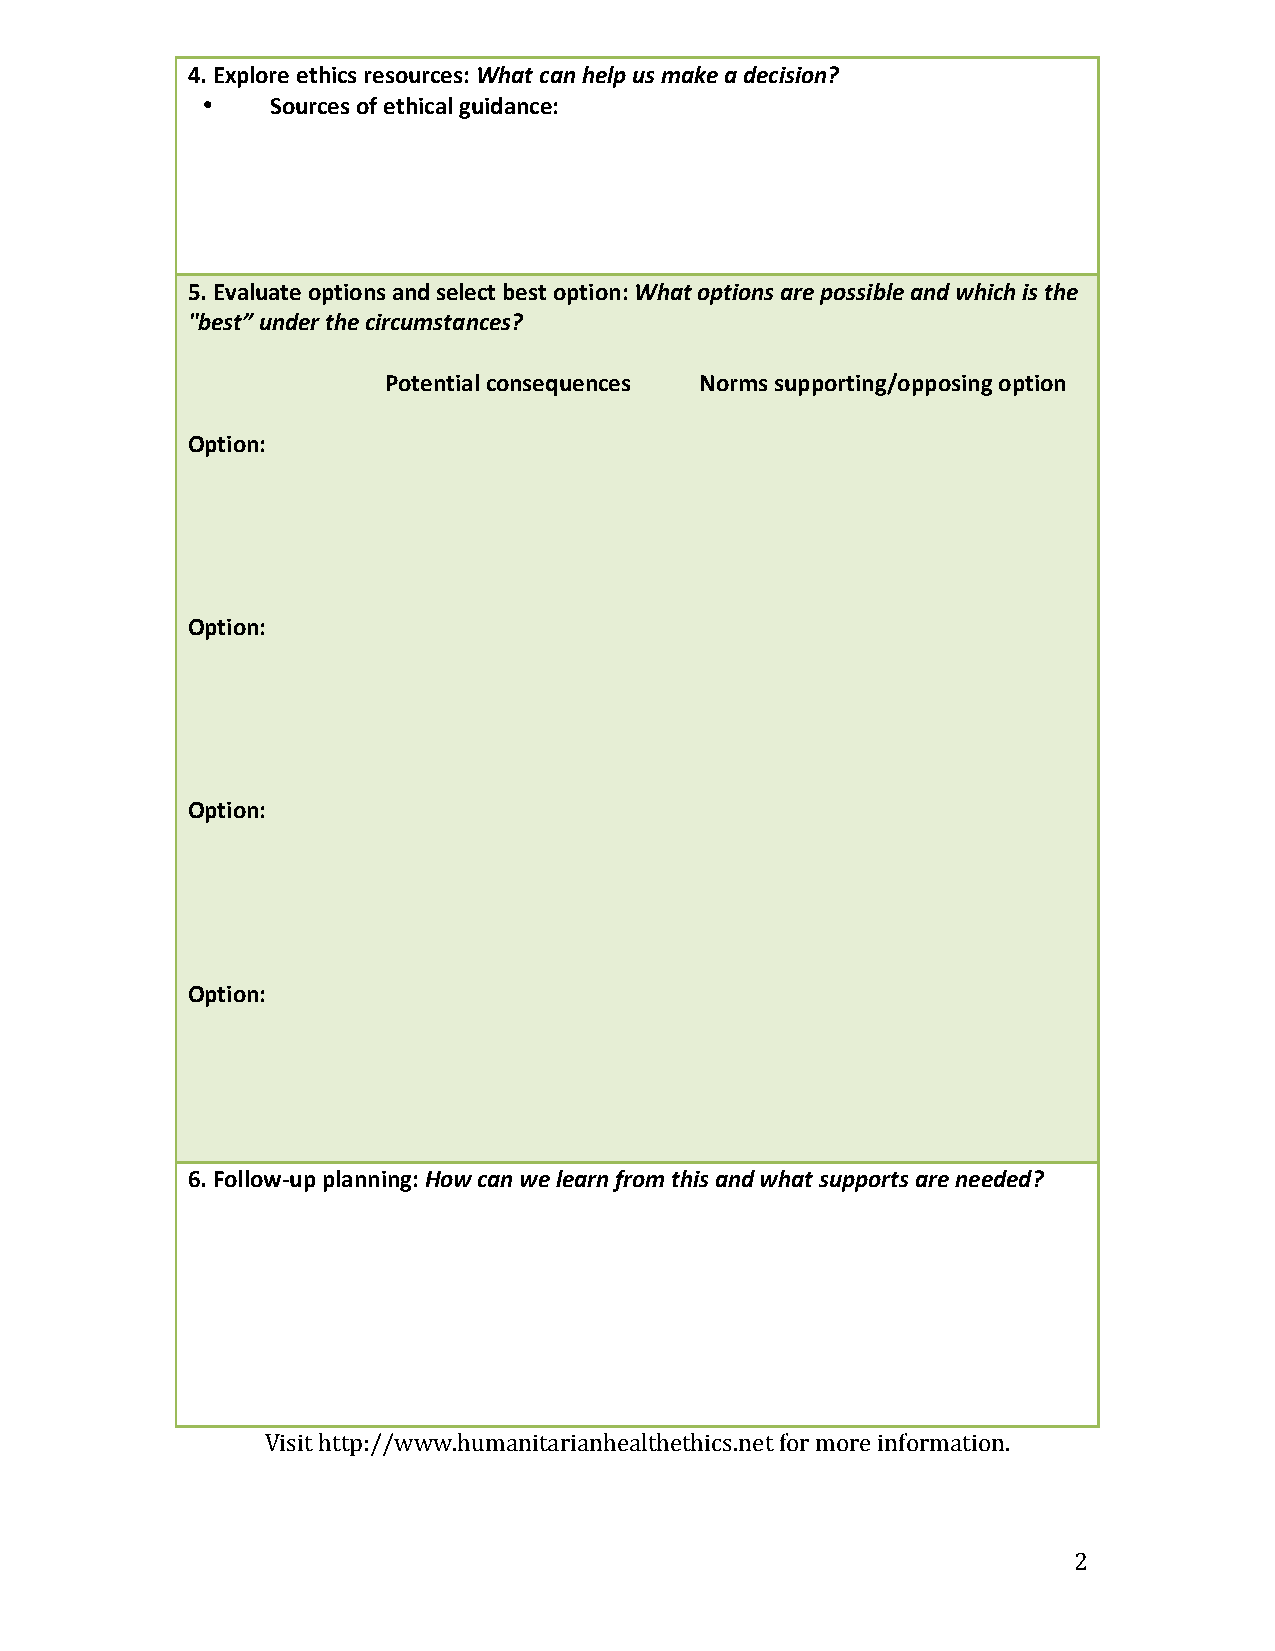
4. Explore ethics resources: What can help us make a decision?
 •    Sources of ethical guidance:
 5. Evaluate options and select best option: What options are possible and which is the
 "best” under the circumstances?
 Potential consequences Norms supporting/opposing option
 Option:
 Option:
 Option:
 Option:
 6. Follow-­‐up planning: How can we learn from this and what supports are needed?
 Visit http://www.humanitarianhealthethics.net for more information.
 2